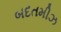
બદતમીઝ